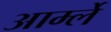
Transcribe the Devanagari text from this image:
आर्म्ले